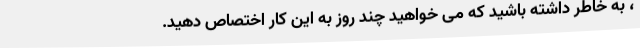
، به خاطر داشته باشید که می خواهید چند روز به این کار اختصاص دهید.